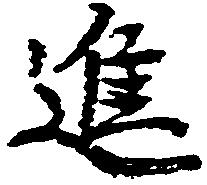
進